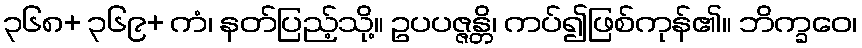
၃၆၈+ ၃၆၉+ ကံ၊ နတ်ပြည့်သို့။ ဥပပဇ္ဇန္တိ၊ ကပ်၍ဖြစ်ကုန်၏။ ဘိက္ခဝေ၊